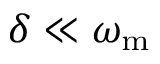
\delta \ll \omega _ { \mathrm { m } }